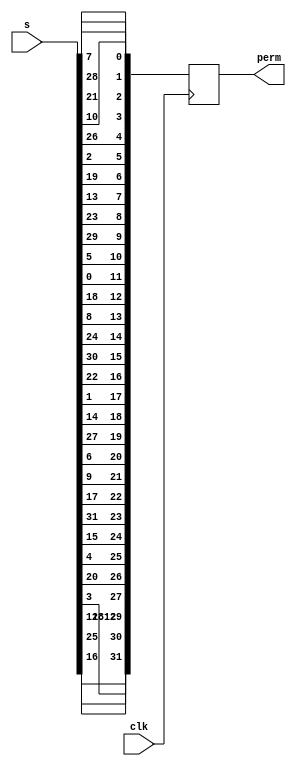
`timescale 1ns/100ps 

module P(input [32:1] s,input clk,output reg [32:1] perm);
    integer i;
    integer P[32:1];
    reg [32:1] temp;
always@(posedge clk)
begin
#8
      temp[32]=s[17];
      temp[31]=s[26];
      temp[30]=s[13];
      temp[29]=s[12];
      temp[28]=s[4];
      temp[27]=s[21];
      temp[26]=s[5];
      temp[25]=s[16];
      temp[24]=s[32];
      temp[23]=s[18];
      temp[22]=s[10];
      temp[21]=s[7];
      temp[20]=s[28];
      temp[19]=s[15];
      temp[18]=s[2];
      temp[17]=s[23];
      temp[16]=s[31];
      temp[15]=s[25];
      temp[14]=s[9];
      temp[13]=s[19];
      temp[12]=s[1];
      temp[11]=s[6];
      temp[10]=s[30];
      temp[9]=s[24];
      temp[8]=s[14];
      temp[7]=s[20];
      temp[6]=s[3];
      temp[5]=s[27];
      temp[4]=s[11];
      temp[3]=s[22];
      temp[2]=s[29];
      temp[1]=s[8];
      perm = temp;
      end
    endmodule